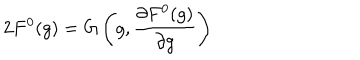
2 F ^ { 0 } ( g ) = G \left( g , \frac { \partial F ^ { 0 } ( g ) } { \partial g } \right)